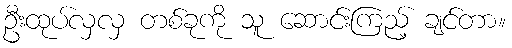
ဦးထုပ်လှလှ တစ်ခုကို သူ ဆောင်းကြည့် ချင်တာ။